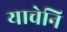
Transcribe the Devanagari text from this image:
याचेनि